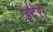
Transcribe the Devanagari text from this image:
इदेरा